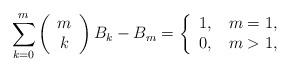
LaTeX: \begin{align*}\sum_{k=0}^{m}\left(\begin{array}[c]{c}m\\k\end{array}\right) B_{k}-B_{m}=\left\{\begin{tabular}[c]{ll}$1,$ & $m=1,$\\$0,$ & $m>1,$\end{tabular}\ \ \ \ \ \ \ \ \ \right. \end{align*}